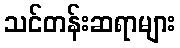
သင်တန်းဆရာများ